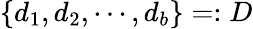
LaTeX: \{ d_{1},d_{2},\dotsb,d_{b}\} =:D